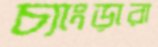
চ্যাংড়ারা